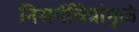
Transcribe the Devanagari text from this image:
निसर्गचित्रांमुळे